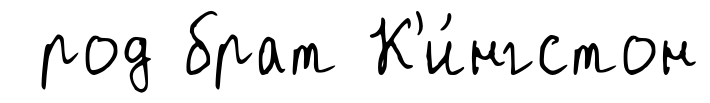
род брат К'и́нгстон